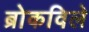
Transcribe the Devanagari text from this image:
ब्रोकविले